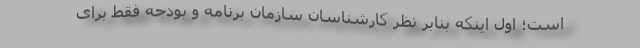
است؛ اول اینکه بنابر نظر کارشناسان سازمان برنامه و بودجه فقط برای